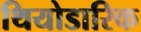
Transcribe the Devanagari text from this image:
थियोडारिक